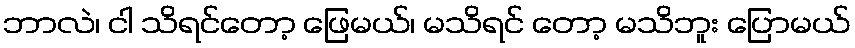
ဘာလဲ၊ ငါ သိရင်တော့ ဖြေမယ်၊ မသိရင် တော့ မသိဘူး ပြောမယ်